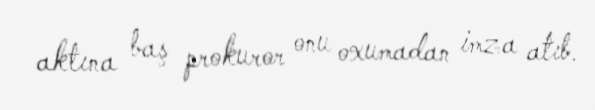
aktına baş prokuror onu oxumadan imza atıb.